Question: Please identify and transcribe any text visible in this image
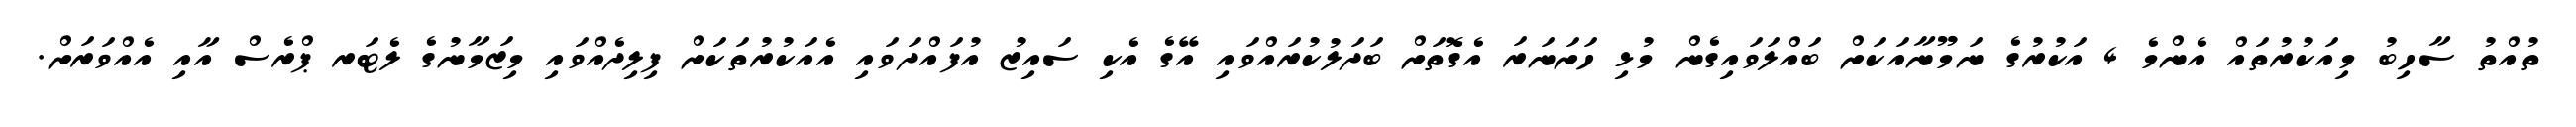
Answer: ތުއްތު ސާހިބު މިއަކުރުތައް އެންމެ 4 އަކުރުގެ ނަމޫނާއަކަށް ބައްލަވައިގެން މުޅި ހަށަނަރަ އެގޮތަށް ބަދަލުކުރައްވައި އޭގެ އެކި ސައިޒު އުފައްދަވައި އެއަކުރުތަކަށް ފިލިދެއްވައި މިޒަމާނުގެ ލެޓަރ ޕްރެސް އާއި އެއްވަރަށް.